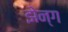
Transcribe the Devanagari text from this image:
झेन्ग